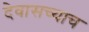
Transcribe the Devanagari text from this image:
देवासच्याच